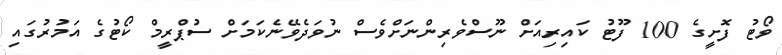
ވޯޓު ފޮށީގެ 100 ފޫޓު ކައިރިއަށް ނޫސްވެރިންނަށްވެސް ނުވަދެވޭނެކަމަށް ސުޕްރީމް ކޯޓުގެ އަމުރުގައި